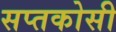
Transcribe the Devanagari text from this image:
सप्तकोसी